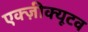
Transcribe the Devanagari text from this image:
एक्ज़ीक्यूटव